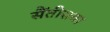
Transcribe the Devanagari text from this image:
सैंतीसवा